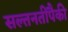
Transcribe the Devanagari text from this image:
सल्तनतींपैकी